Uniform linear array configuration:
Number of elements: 24
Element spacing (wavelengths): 0.25
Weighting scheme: uniform
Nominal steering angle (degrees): -30
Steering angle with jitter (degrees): -28.717
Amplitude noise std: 0.05
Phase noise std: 0.05

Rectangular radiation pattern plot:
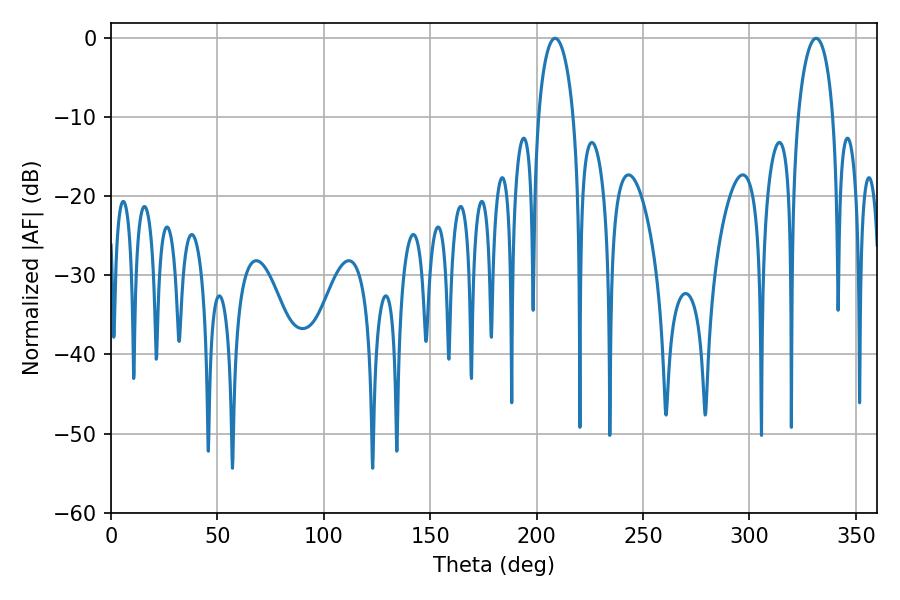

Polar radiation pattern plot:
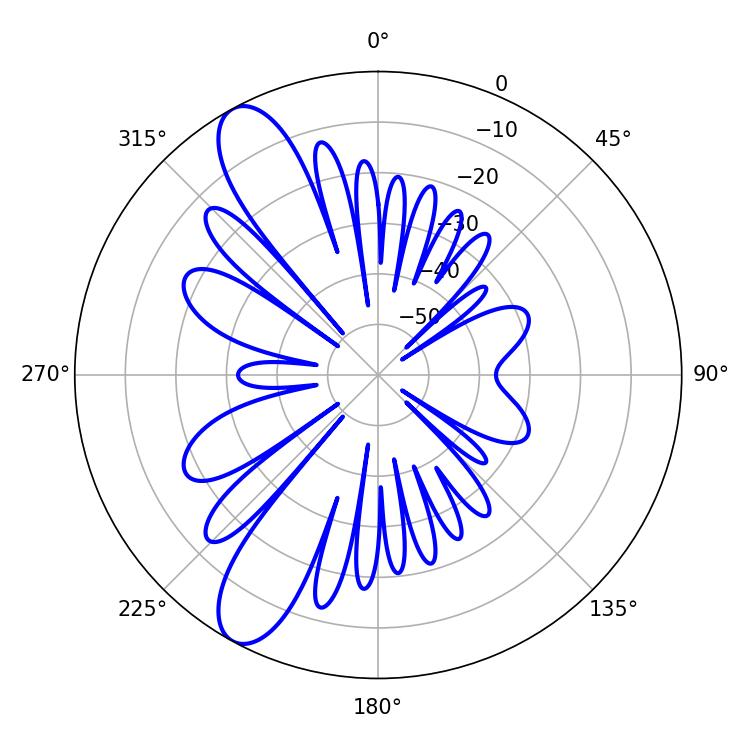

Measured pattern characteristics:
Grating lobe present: FALSE
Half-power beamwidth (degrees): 9.36
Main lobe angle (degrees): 208.62